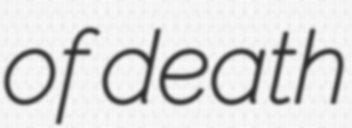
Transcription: of death